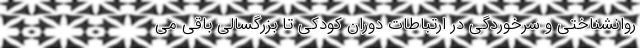
روانشناختی و سرخوردگی در ارتباطات دوران کودکی تا بزرگسالی باقی می